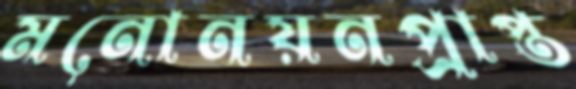
মনোনয়নপ্রাপ্ত